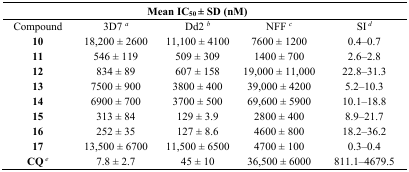
<table><thead><tr><td></td><td colspan="3"><b>Mean IC<sub>50</sub> ± SD (nM)</b></td><td></td></tr></thead><tbody><tr><td>Compound</td><td>3D7 <i><sup>a</sup></i></td><td>Dd2 <i><sup>b</sup></i></td><td>NFF <i><sup>c</sup></i></td><td>SI <i><sup>d</sup></i></td></tr><tr><td><b>10</b></td><td>18,200 ± 2600</td><td>11,100 ± 4100</td><td>7600 ± 1200</td><td>0.4–0.7</td></tr><tr><td><b>11</b></td><td>546 ± 119</td><td>509 ± 309</td><td>1400 ± 700</td><td>2.6–2.8</td></tr><tr><td><b>12</b></td><td>834 ± 89</td><td>607 ± 158</td><td>19,000 ± 11,000</td><td>22.8–31.3</td></tr><tr><td><b>13</b></td><td>7500 ± 900</td><td>3800 ± 400</td><td>39,000 ± 4200</td><td>5.2–10.3</td></tr><tr><td><b>14</b></td><td>6900 ± 700</td><td>3700 ± 500</td><td>69,600 ± 5900</td><td>10.1–18.8</td></tr><tr><td><b>15</b></td><td>313 ± 84 </td><td>129 ± 3.9</td><td>2800 ± 400</td><td>8.9–21.7</td></tr><tr><td><b>16</b></td><td>252 ± 35</td><td>127 ± 8.6</td><td>4600 ± 800</td><td>18.2–36.2</td></tr><tr><td><b>17</b></td><td>13,500 ± 6700</td><td>11,500 ± 6500</td><td>4700 ± 100</td><td>0.3–0.4</td></tr><tr><td><b>CQ</b><i><sup>e</sup></i></td><td>7.8 ± 2.7</td><td>45 ± 10</td><td>36,500 ± 6000</td><td>811.1–4679.5</td></tr></tbody></table>